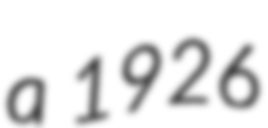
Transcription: a 1926